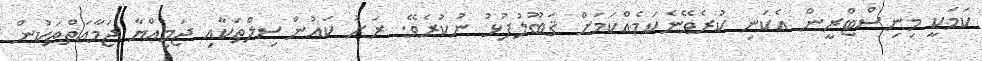
ކަމަކީ މިނިސްޓްރީން އެކަނި ކުރެވޭނެކަމެއްކަމަށް ޤަބޫލުފުޅު ނުކުރެވޭ. ރަށު ކައުންސިލްތަކާއި ޖަމިއްޔާ ޖަމާޢަތްތަކުން